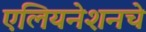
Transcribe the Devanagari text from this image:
एलियनेशनचे